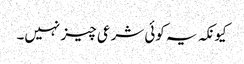
کیونکہ یہ کوئی شرعی چیز نہیں۔